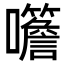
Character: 𡅨